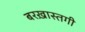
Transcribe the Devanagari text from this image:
बरख़ास्तगी